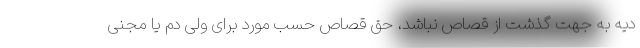
دیه به جهت گذشت از قصاص نباشد، حق قصاص حسب مورد برای ولی دم یا مجنی